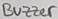
Text: Buzzer